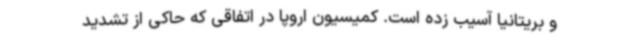
و بریتانیا آسیب زده است. کمیسیون اروپا در اتفاقی که حاکی از تشدید